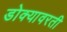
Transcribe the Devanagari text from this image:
डोक्यावरती